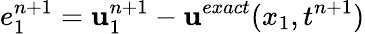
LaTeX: e_{1}^{n+1}=\mathbf{u}_{1}^{n+1}-\mathbf{u}^{exact}(x_{1},t^{n+1})